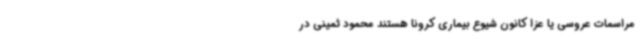
مراسمات عروسی یا عزا کانون شیوع بیماری کرونا هستند محمود ثمینی در